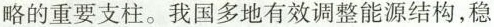
略的重要支柱。我国多地有效调整能源结构，稳